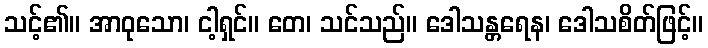
သင့်၏။ အာဝုသော၊ ငါ့ရှင်။ တေ၊ သင်သည်။ ဒေါသန္တရေန၊ ဒေါသစိတ်ဖြင့်။